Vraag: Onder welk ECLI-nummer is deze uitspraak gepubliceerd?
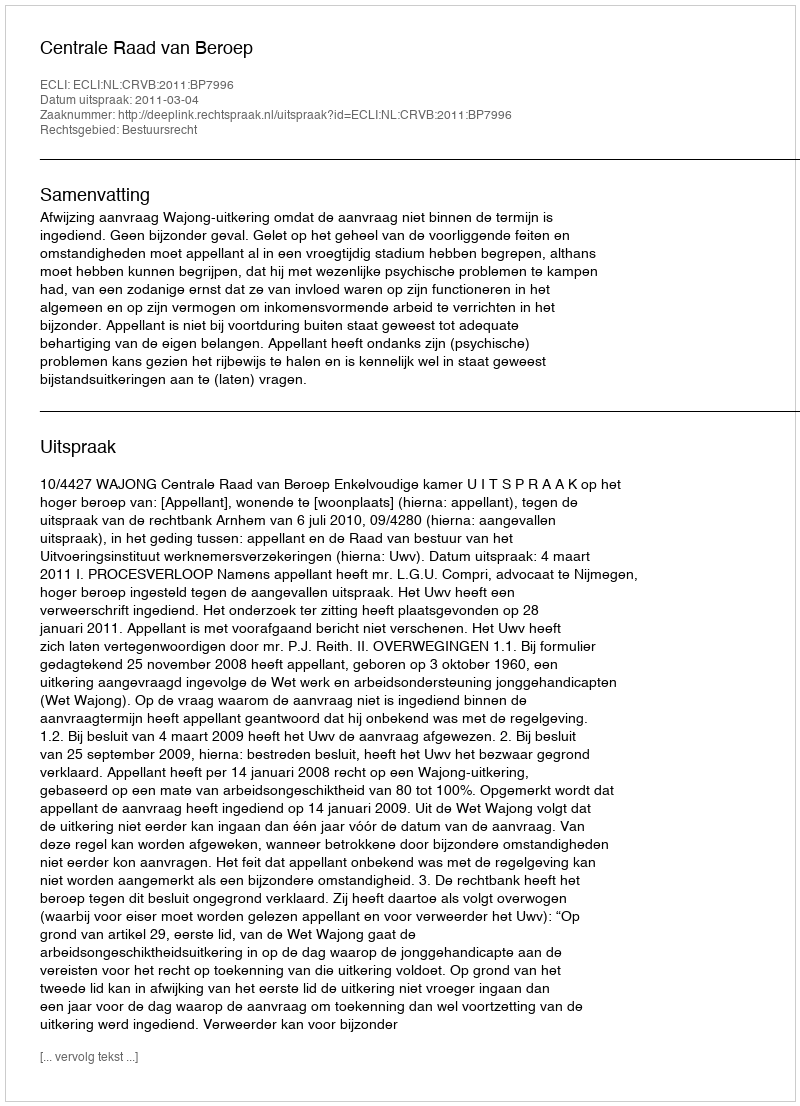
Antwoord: ECLI:NL:CRVB:2011:BP7996